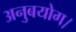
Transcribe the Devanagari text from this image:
अनुबयोग।